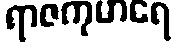
ရာဇကုမာရေ